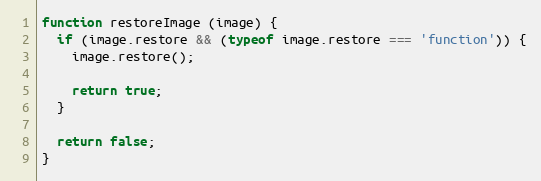
Language: JavaScript
function restoreImage (image) {
  if (image.restore && (typeof image.restore === 'function')) {
    image.restore();

    return true;
  }

  return false;
}